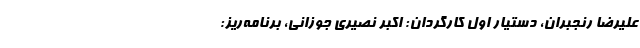
علیرضا رنجبران، دستیار اول کارگردان: اکبر نصیری جوزانی، برنامه‌ریز: